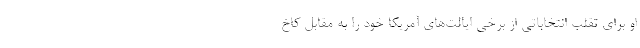
او برای تقلب انتخاباتی از برخی ایالت‌های آمریکا خود را به مقابل کاخ